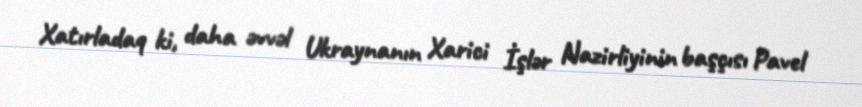
Xatırladaq ki, daha əvvəl Ukraynanın Xarici İşlər Nazirliyinin başçısı Pavel